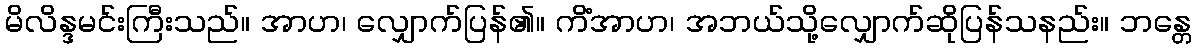
မိလိန္ဒမင်းကြီးသည်။ အာဟ၊ လျှောက်ပြန်၏။ ကိံအာဟ၊ အဘယ်သို့လျှောက်ဆိုပြန်သနည်း။ ဘန္တေ